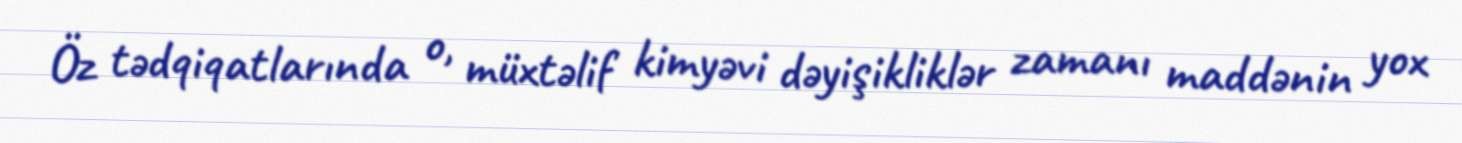
Öz tədqiqatlarında o, müxtəlif kimyəvi dəyişikliklər zamanı maddənin yox